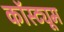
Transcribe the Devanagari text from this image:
कॉस्‍ट्यूम